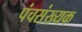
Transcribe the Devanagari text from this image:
पंचसंख्यक